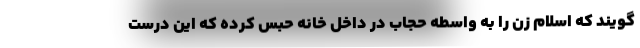
گویند که اسلام زن را به واسطه حجاب در داخل خانه حبس کرده که این درست